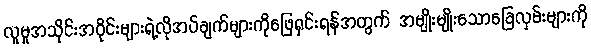
လူမှုအသိုင်းအဝိုင်းများရဲ့လိုအပ်ချက်များကိုဖြေရှင်းရန်အတွက် အမျိုးမျိုးသောခြေလှမ်းများကို